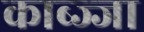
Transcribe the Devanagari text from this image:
काब्ज्जा